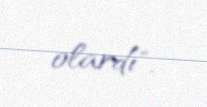
olardı".